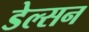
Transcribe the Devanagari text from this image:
डेल्सन